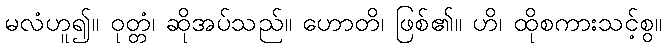
မလံဟူ၍။ ဝုတ္တံ၊ ဆိုအပ်သည်။ ဟောတိ၊ ဖြစ်၏။ ဟိ၊ ထိုစကားသင့်စွ။